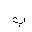
Letter: _ba